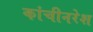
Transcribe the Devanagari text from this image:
कांचीनरेश